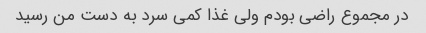
در مجموع راضی بودم ولی غذا کمی سرد به دست من رسید